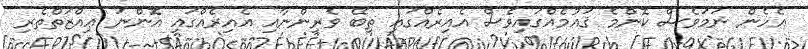
އެހެން ނަމަވެސް ކޮންމެ ޤައުމެއްގައިވެސް އެއިރެއްގައި ތިބޭ ވެރިންނާއި އެއިރެއްގައި އޮންނަ ޢިއްޒަތްތެރި